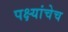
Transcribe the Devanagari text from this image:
पक्ष्यांचेच